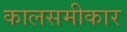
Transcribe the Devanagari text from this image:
कालसमीकार